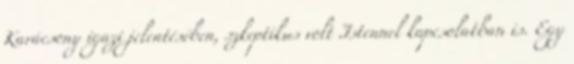
Karácsony igazi jelentésében, szkeptikus volt Istennel kapcsolatban is. Egy